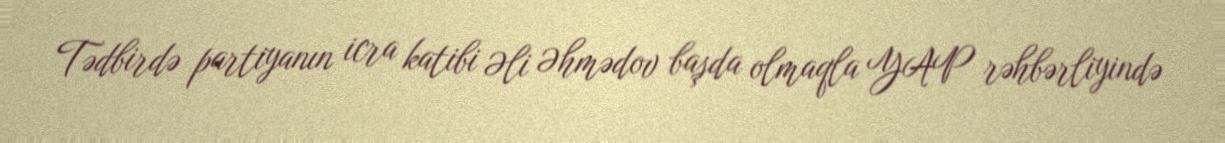
Tədbirdə partiyanın icra katibi Əli Əhmədov başda olmaqla YAP rəhbərliyində